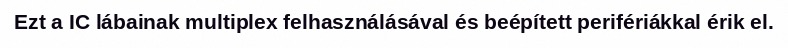
Ezt a IC lábainak multiplex felhasználásával és beépített perifériákkal érik el.